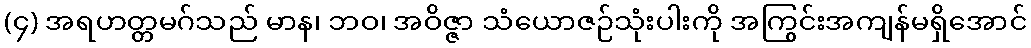
(၄) အရဟတ္တမဂ်သည် မာန၊ ဘဝ၊ အဝိဇ္ဇာ သံယောဇဉ်သုံးပါးကို အကြွင်းအကျန်မရှိအောင်